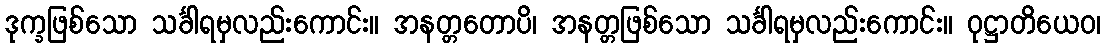
ဒုက္ခဖြစ်သော သင်္ခါရမှလည်းကောင်း။ အနတ္တတောပိ၊ အနတ္တဖြစ်သော သင်္ခါရမှလည်းကောင်း။ ဝုဋ္ဌာတိယေဝ၊